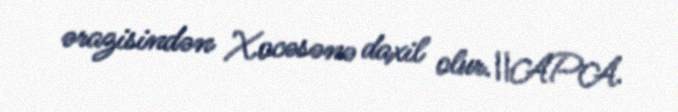
ərazisindən Xocəsənə daxil olur.\\APA.